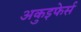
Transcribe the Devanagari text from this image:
अकुइफेर्स